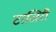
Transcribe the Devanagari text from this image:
टाजिरी